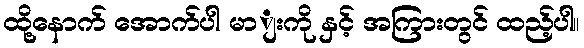
ထို့နောက် အောက်ပါ မာျးကို နှင့် အကြားတွင် ထည့်ပါ။